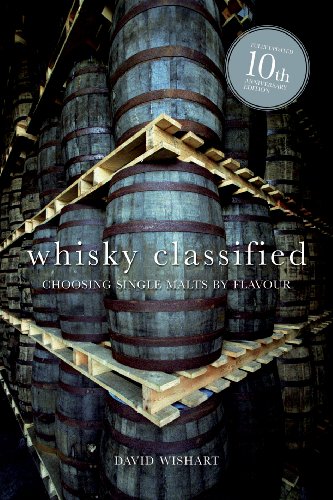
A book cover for Whisky Classified: Choosing Single Malts by Flavour; David Wishart; Reference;